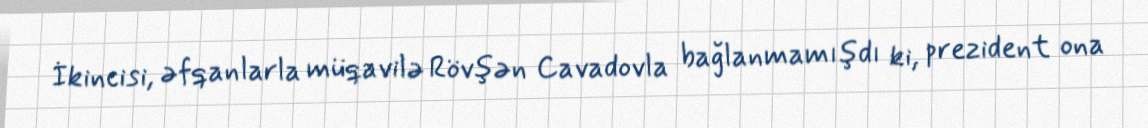
İkincisi, əfqanlarla müqavilə Rövşən Cavadovla bağlanmamışdı ki, prezident ona